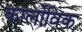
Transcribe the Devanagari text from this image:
कार्लोविक